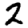
Digit: 2